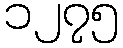
၁၂၇၅